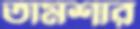
তামশার